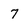
Character: 7